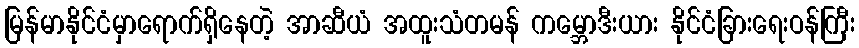
မြန်မာနိုင်ငံမှာရောက်ရှိနေတဲ့ အာဆီယံ အထူးသံတမန် ကမ္ဘောဒီးယား နိုင်ငံခြားရေးဝန်ကြီး